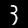
Digit: 3